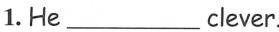
1. He ___ clever.